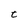
Character: t